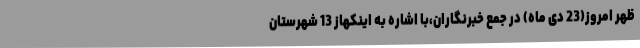
ظهر امروز(23 دی ماه) در جمع خبرنگاران،با اشاره به اینکهاز 13 شهرستان